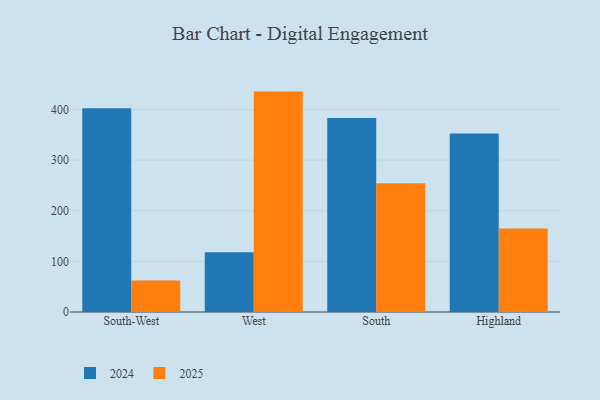
{"axis": {"x": "Region", "y": "Demand Index"}, "legend": ["2024", "2025"], "data": [{"x": "South-West", "y": 62.0, "type": "2025"}, {"x": "South-West", "y": 402.2, "type": "2024"}, {"x": "West", "y": 435.2, "type": "2025"}, {"x": "West", "y": 117.9, "type": "2024"}, {"x": "South", "y": 254.3, "type": "2025"}, {"x": "South", "y": 382.9, "type": "2024"}, {"x": "Highland", "y": 165.1, "type": "2025"}, {"x": "Highland", "y": 352.5, "type": "2024"}]}